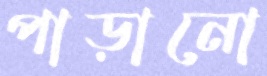
পাড়ানো